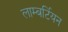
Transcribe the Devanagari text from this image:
लाम्बर्टियन